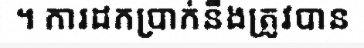
។ ការដកប្រាក់នឹងត្រូវបាន